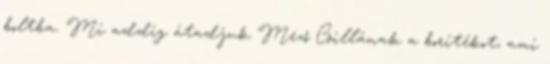
boltba. Mi addig átadjuk Mező Csillának a borítékot, ami